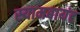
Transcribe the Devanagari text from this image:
स्‍यामबायंट